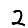
Digit: 2